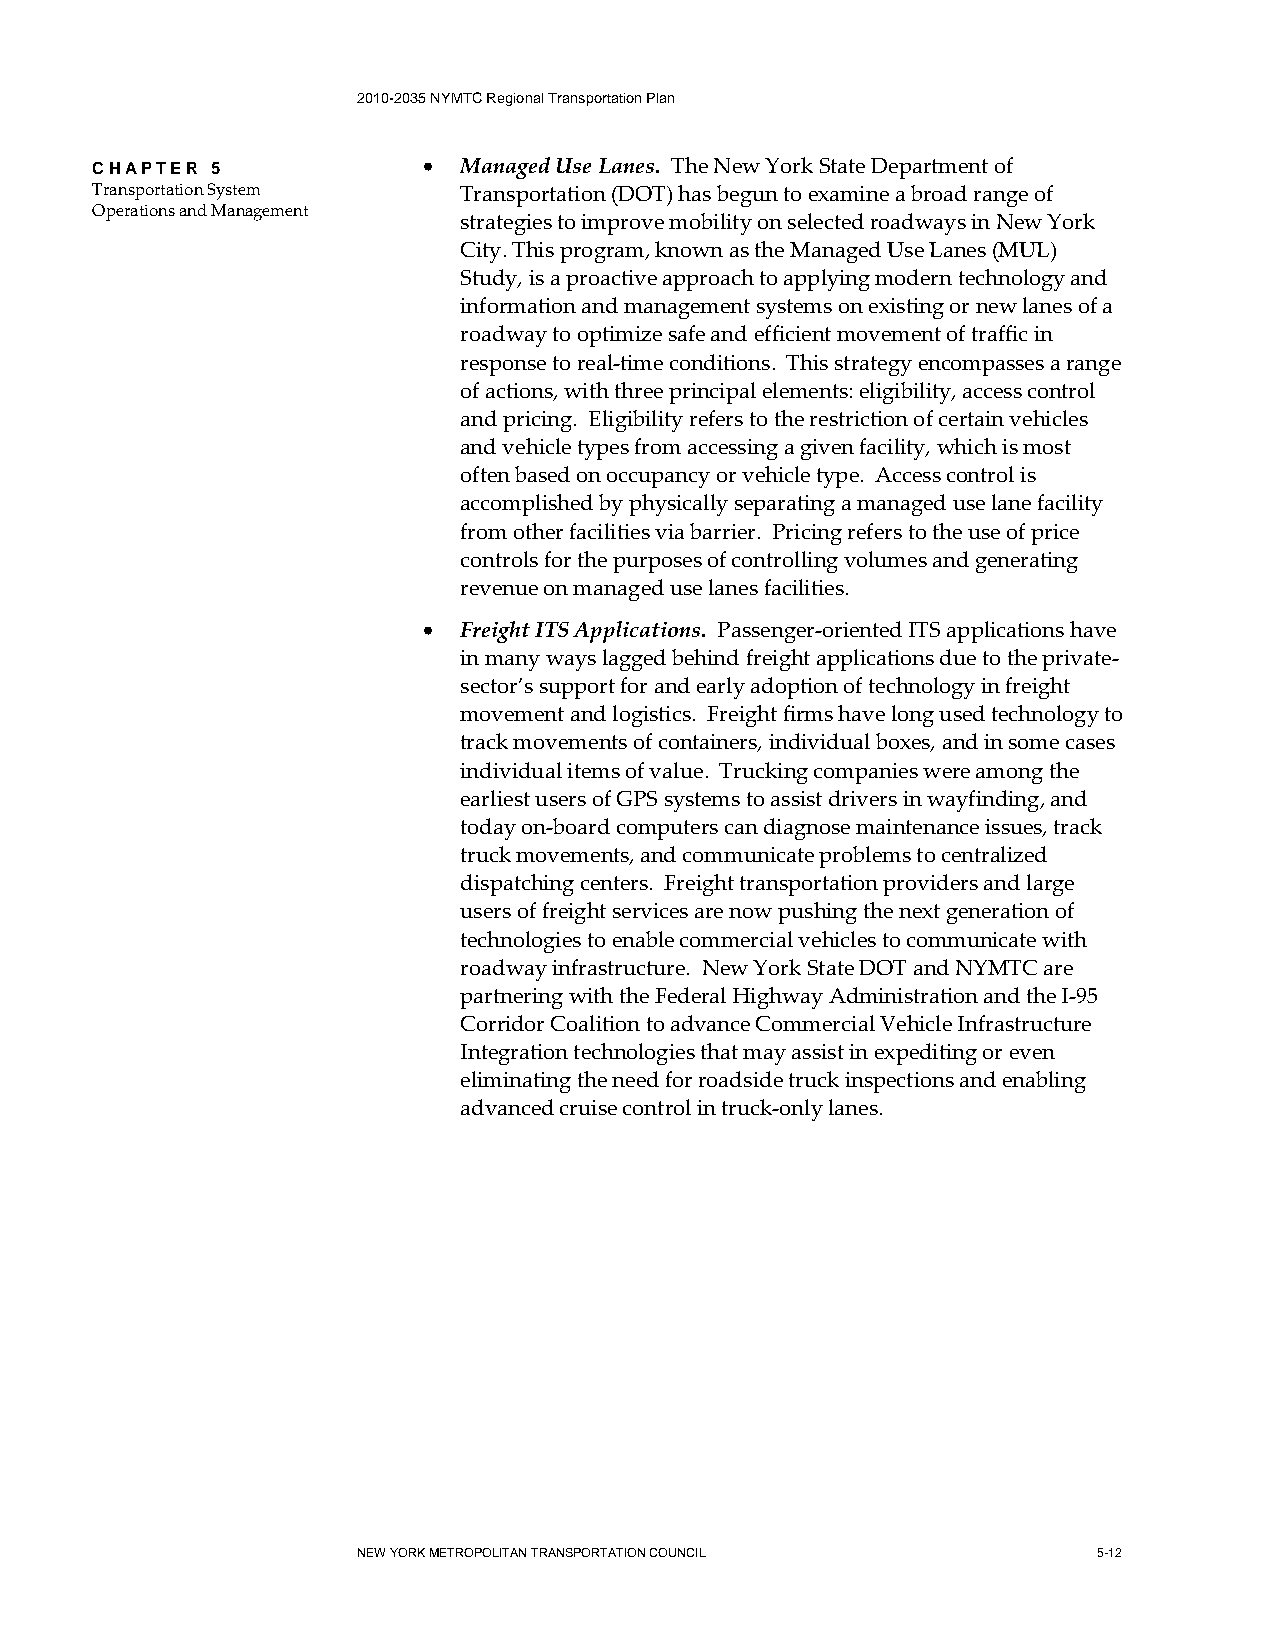
2010-2035 NYMTC Regional Transportation Plan
 CHAPTER 5             • Managed Use Lanes. The New York State Department of
 Transportation System   Transportation (DOT) has begun to examine a broad range of
 Operations and Management
 strategies to improve mobility on selected roadways in New York
 City. This program, known as the Managed Use Lanes (MUL)
 Study, is a proactive approach to applying modern technology and
 information and management systems on existing or new lanes of a
 roadway to optimize safe and efficient movement of traffic in
 response to real-time conditions. This strategy encompasses a range
 of actions, with three principal elements: eligibility, access control
 and pricing. Eligibility refers to the restriction of certain vehicles
 and vehicle types from accessing a given facility, which is most
 often based on occupancy or vehicle type. Access control is
 accomplished by physically separating a managed use lane facility
 from other facilities via barrier. Pricing refers to the use of price
 controls for the purposes of controlling volumes and generating
 revenue on managed use lanes facilities.
 • Freight ITS Applications. Passenger-oriented ITS applications have
 in many ways lagged behind freight applications due to the private-
 sector’s support for and early adoption of technology in freight
 movement and logistics. Freight firms have long used technology to
 track movements of containers, individual boxes, and in some cases
 individual items of value. Trucking companies were among the
 earliest users of GPS systems to assist drivers in wayfinding, and
 today on-board computers can diagnose maintenance issues, track
 truck movements, and communicate problems to centralized
 dispatching centers. Freight transportation providers and large
 users of freight services are now pushing the next generation of
 technologies to enable commercial vehicles to communicate with
 roadway infrastructure. New York State DOT and NYMTC are
 partnering with the Federal Highway Administration and the I-95
 Corridor Coalition to advance Commercial Vehicle Infrastructure
 Integration technologies that may assist in expediting or even
 eliminating the need for roadside truck inspections and enabling
 advanced cruise control in truck-only lanes.
 NEW YORK METROPOLITAN TRANSPORTATION COUNCIL     5-12